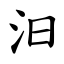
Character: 汩